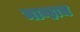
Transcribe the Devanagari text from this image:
माव्हाच